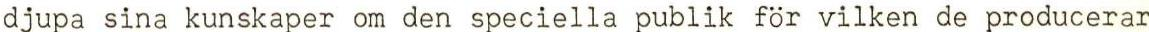
djupa sina kunskaper om den speciella publik för vilken de producerar